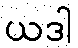
ယဒါ